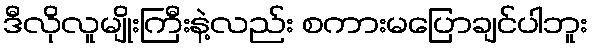
ဒီလိုလူမျိုးကြီးနဲ့လည်း စကားမပြောချင်ပါဘူး